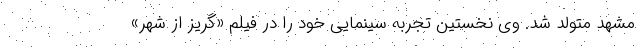
مشهد متولد شد. وی نخستین تجربه سینمایی خود را در فیلم «گریز از شهر»